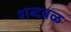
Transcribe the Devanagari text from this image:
शब्दबळ